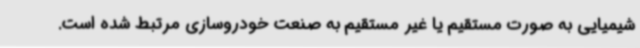
شیمیایی به صورت مستقیم یا غیر مستقیم به صنعت خودروسازی مرتبط شده است.